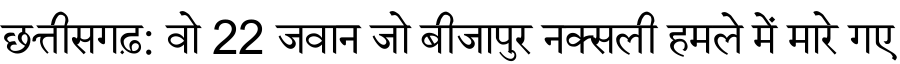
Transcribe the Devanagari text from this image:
छत्तीसगढ़: वो 22 जवान जो बीजापुर नक्सली हमले में मारे गए